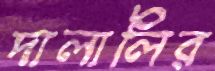
দালালির